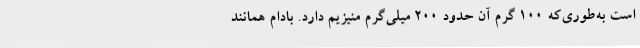
است به‌طوری‌که 100 گرم آن حدود 200 میلی‌گرم منیزیم دارد. بادام همانند